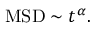
\mathrm { M S D } \sim t ^ { \alpha } .